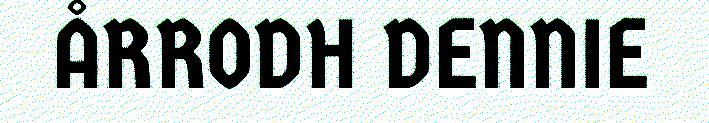
ÅRRODH DENNIE